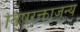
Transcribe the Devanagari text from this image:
विषरक्ताजन्य